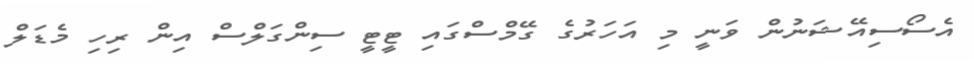
އެސޯސިއޭޝަނުން ވަނީ މި އަހަރުގެ ގޭމްސްގައި ޓީޓީ ސިންގަލްސް އިން ރިހި މެޑަލް